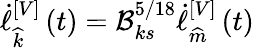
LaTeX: \dot{\ell}{}_{\widehat{k}}^{\left[V\right]}\left(t\right)=\mathcal{B}_{ks}^{5/18}\dot{\ell}{}_{\widehat{m}}^{\left[V\right]}\left(t\right)